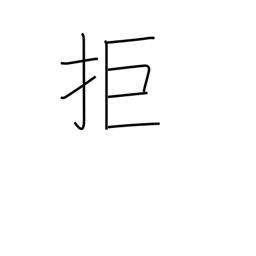
Meaning: reject